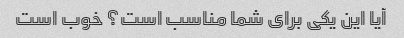
آیا این یکی برای شما مناسب است؟ خوب است